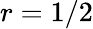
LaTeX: r=1/2